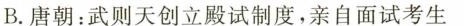
B.唐朝：武则天创立殿试制度，亲自面试考生